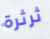
ثرثرة